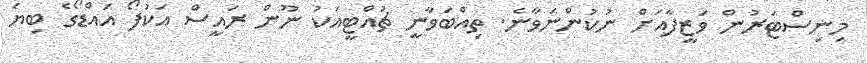
މިނިސްޓަރުން ވަޒީފާއަށް ނުކުންނަވާނެ. ތިއްބަވާނީ ޗުއްޓީއަކު ނޫން ރައީސް އަކުފޯ އައްޑޯގެ ބިޔަ